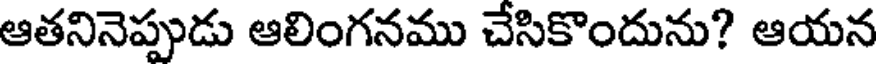
ఆతనినెప్పుడు ఆలింగనము చేసికొందును? ఆయన